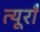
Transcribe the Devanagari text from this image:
त्यूराँ